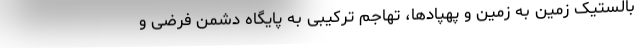
بالستیک زمین به زمین و پهپادها، تهاجم ترکیبی به پایگاه دشمن فرضی و